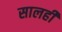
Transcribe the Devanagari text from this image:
सालही